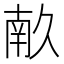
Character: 𭅥